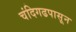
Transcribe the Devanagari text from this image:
चंदिगढपासून